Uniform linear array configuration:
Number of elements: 8
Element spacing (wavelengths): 0.25
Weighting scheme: cosine
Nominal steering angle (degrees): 30
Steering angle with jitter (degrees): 31.334
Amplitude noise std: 0.05
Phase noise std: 0.05

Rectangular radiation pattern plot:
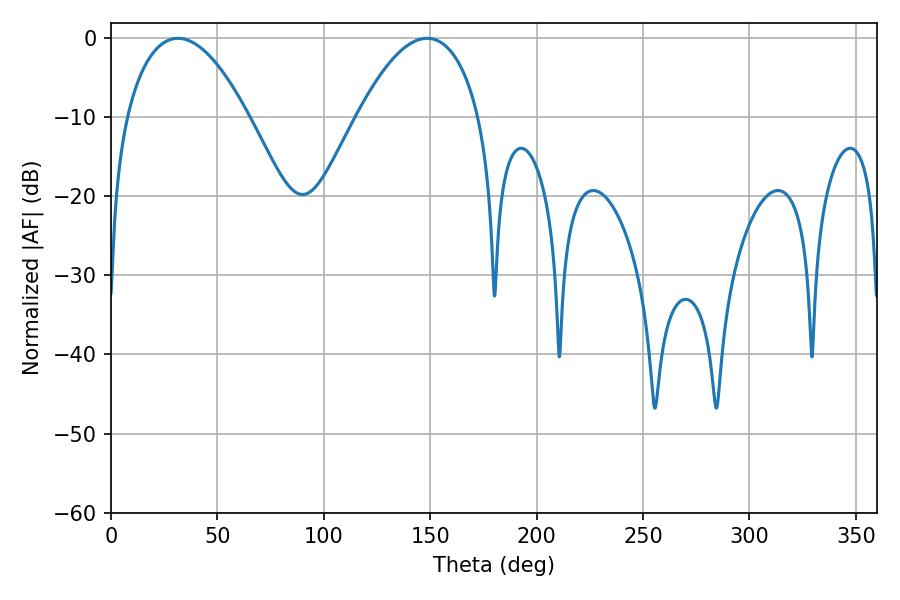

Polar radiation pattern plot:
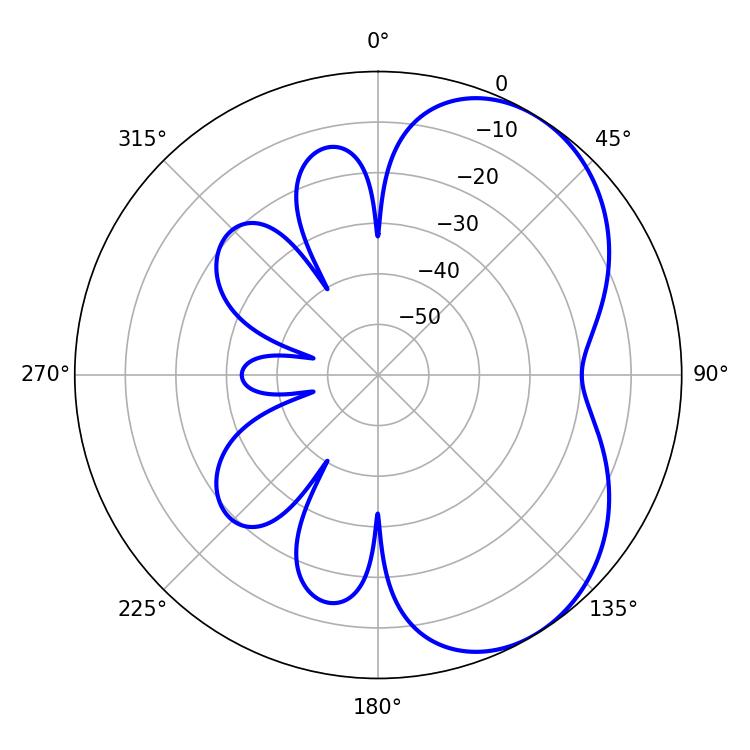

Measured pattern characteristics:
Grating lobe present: FALSE
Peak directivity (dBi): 4.91
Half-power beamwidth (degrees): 31.86
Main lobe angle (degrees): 31.5